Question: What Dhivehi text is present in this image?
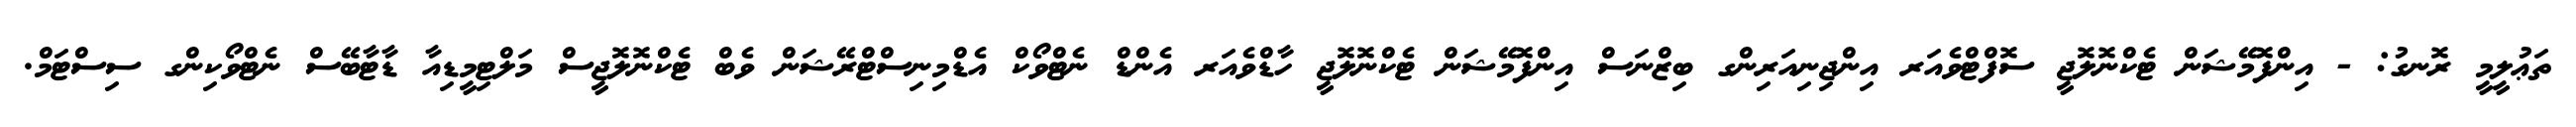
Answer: ތަޢުލީމީ ރޮނގު: - އިންފޮމޭޝަން ޓެކްނޮލޮޖީ ސޮފްޓްވެއަރ އިންޖިނިއަރިންގ ބިޒްނަސް އިންފޮމޭޝަން ޓެކްނޮލޮޖީ ހާޑްވެއަރ އެންޑް ނެޓްވޯކް އެޑްމިނިސްޓްރޭޝަން ވެބް ޓެކްނޮލޮޖީސް މަލްޓިމީޑިއާ ޑާޓާބޭސް ނެޓްވޯކިންގ ސިސްޓަމް.